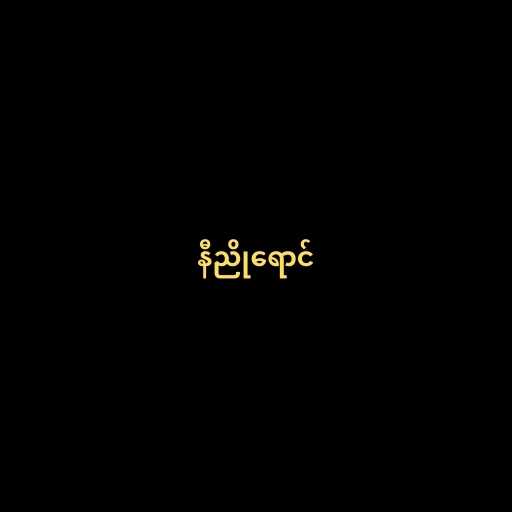
နီညိုရောင်